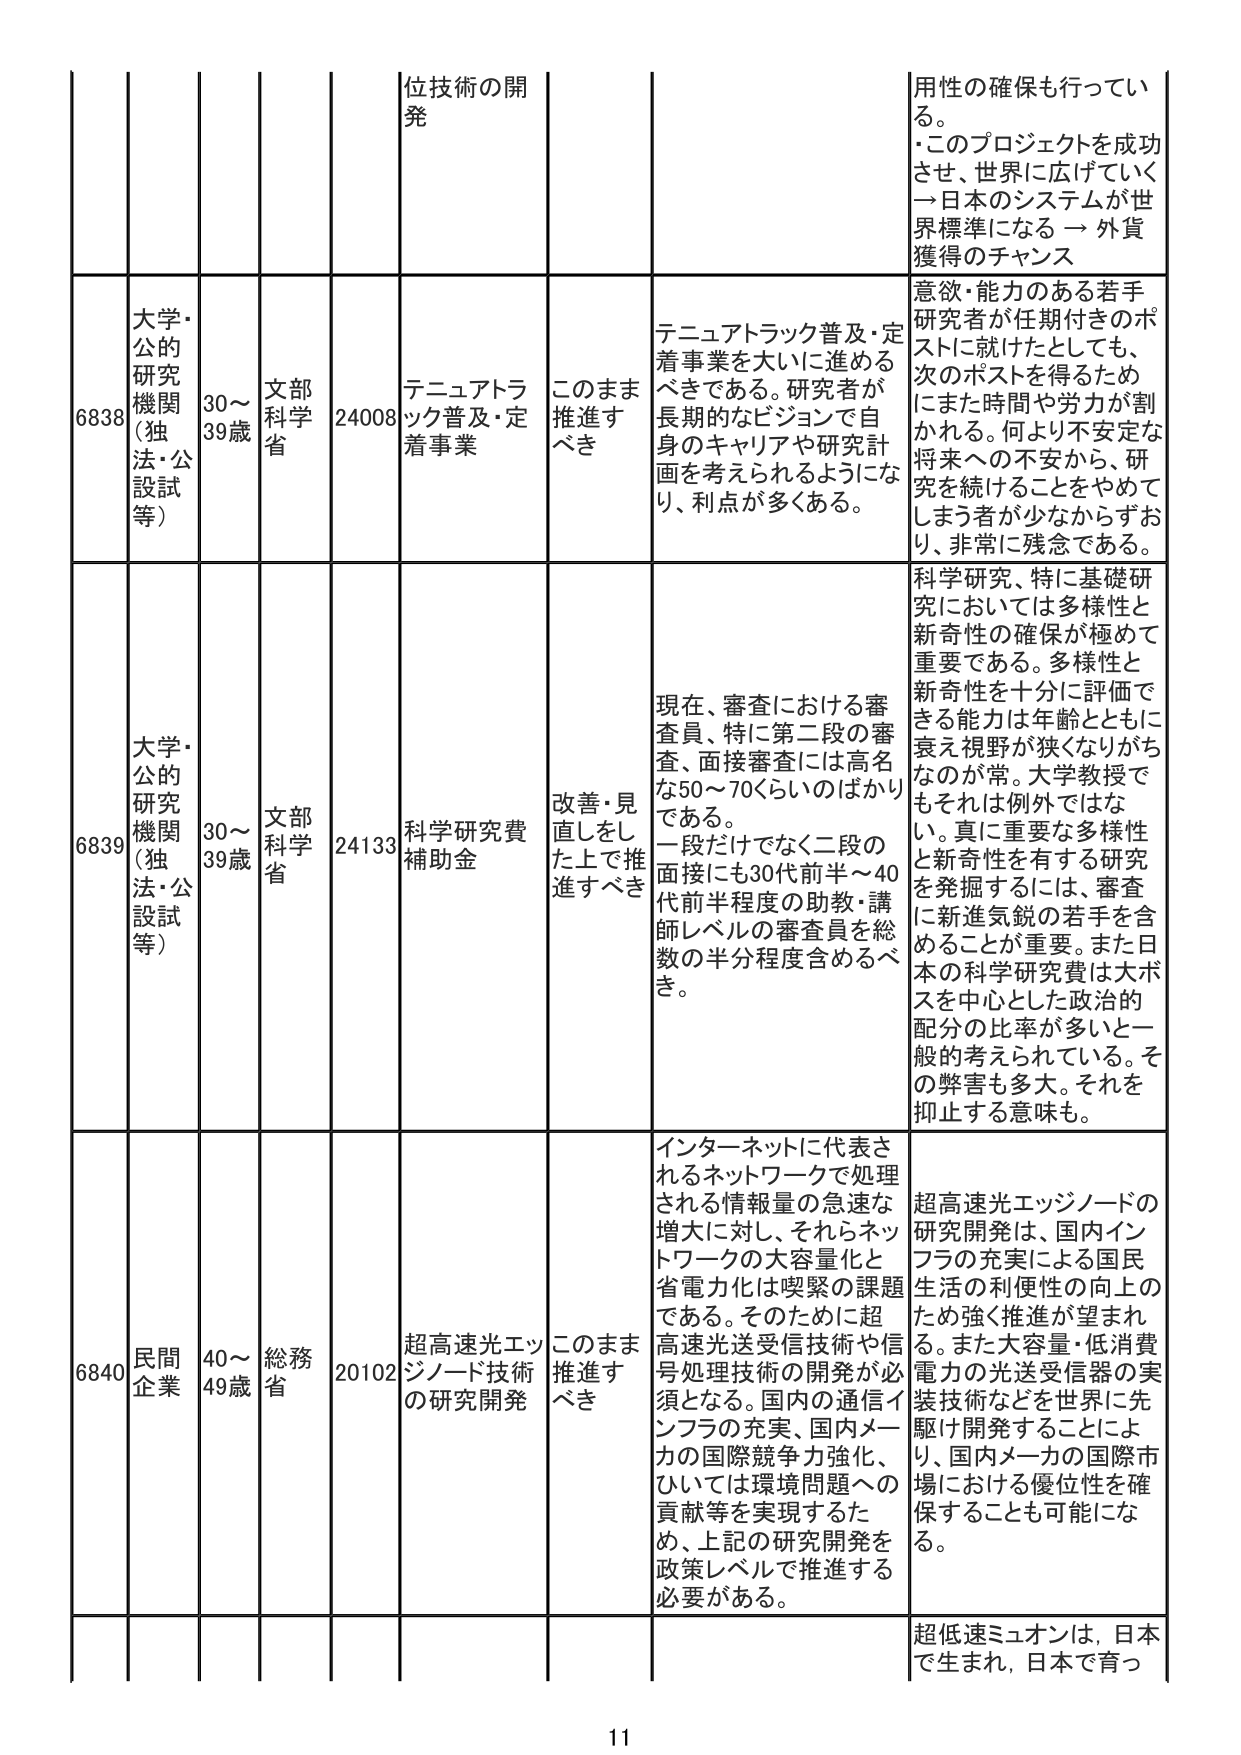
位技術の開発
用性の確保も行ってい
る。
・このプロジェクトを成功
させ、世界に広げていく
→日本のシステムが世
界標準になる → 外貨
獲得のチャンス

6838
大学・公的研究機関（独法・公設試等）
30～39歳
文部科学省
24008
テニュアトラック普及・定着事業
このまま推進すべき
テニュアトラック普及・定着事業を大いに進めるべきである。研究者が長期的なビジョンで自身のキャリアや研究計画を考えられるようになり、利点が多くある。
意欲・能力のある若手研究者が任期付きのポストに就けたとしても、次のポストを得るためになまた時間や労力が割かれる。何より不安定な将来への不安から、研究を続けることをやめてしまう者が少なからずおり、非常に残念である。

6839
大学・公的研究機関（独法・公設試等）
30～39歳
文部科学省
24133
科学研究費補助金
改善・見直しをした上で推進すべき
現在、審査における審査員、特に第二段の審査、面接審査には高名な50～70くらいのばかりである。一段だけでなく二段の面接にも30代前半～40代前半程度の助教・講師レベルの審査員を総数の半分程度含めるべき。
科学研究、特に基礎研究においては多様性と新奇性の確保が極めて重要である。多様性と新奇性を十分に評価できる能力は年齢とともに衰え視野が狭くなりがちなのが常。大学教授でもそれは例外ではない。真に重要な多様性と新奇性を有する研究を発掘するには、審査に新進気鋭の若手を含めることが重要。また日本の科学研究費は大ボスを中心とした政治的配分の比率が多いと一般的に考えられている。その弊害も多大。それを抑止する意味も。

6840
民間企業
40～49歳
総務省
20102
超高速光エッジノード技術の研究開発
このまま推進すべき
インターネットに代表されるネットワークで処理される情報量の急速な増大に対し、それらネットワークの大容量化と省電力化は喫緊の課題である。そのために超高速光送受信技術や信号処理技術の開発が必須となる。国内の通信インフラの充実、国内メーカの国際競争力強化、ひいては環境問題への貢献等を実現するため、上記の研究開発を政策レベルで推進する必要がある。
超高速光エッジノードの研究開発は、国内インフラの充実による国民生活の利便性の向上のため強く推進が望まれる。また大容量・低消費電力の光送受信器の実装技術などを世界に先駆け開発することにより、国内メーカの国際市場における優位性を確保することも可能になる。

超低速ミュオンは、日本で生まれ、日本で育っ
11